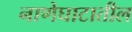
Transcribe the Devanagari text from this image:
नाणेघाटातील